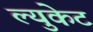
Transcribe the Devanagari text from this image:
ल्युकेट